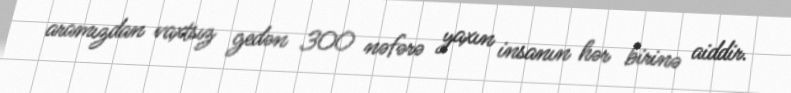
aramızdan vaxtsız gedən 300 nəfərə yaxın insanın hər birinə aiddir.